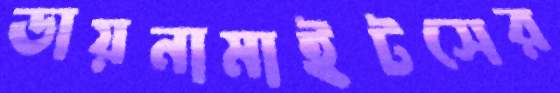
ডায়নামাইটসের